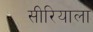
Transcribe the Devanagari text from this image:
सीरियाला